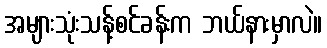
အများသုံးသန့်စင်ခန်းက ဘယ်နားမှာလဲ။